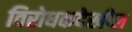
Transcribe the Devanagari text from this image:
विरोधकदेखील